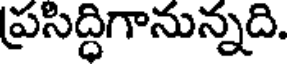
ప్రసిద్ధిగానున్నది.